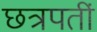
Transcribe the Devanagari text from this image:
छत्रपतीं